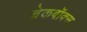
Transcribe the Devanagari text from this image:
चेकबॉक्स